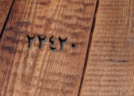
٢٢٤٢٠